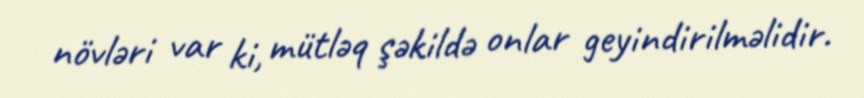
növləri var ki, mütləq şəkildə onlar geyindirilməlidir.